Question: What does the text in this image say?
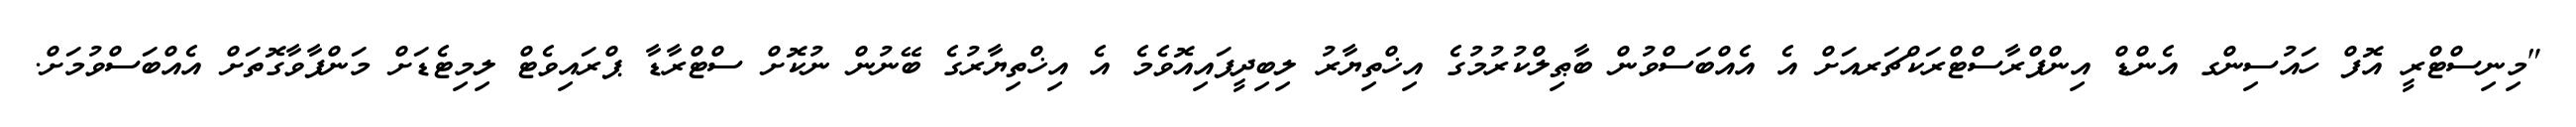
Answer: "މިނިސްޓްރީ އޮފް ހައުސިންގ އެންޑް އިންފްރާސްޓްރަކްޗަރއަށް އެ އެއްބަސްވުން ބާޠިލްކުރުމުގެ އިޚްތިޔާރު ލިބިދީފައިއޮވެމެ އެ އިޚްތިޔާރުގެ ބޭނުން ނުކޮށް ސްޓްރާޑާ ޕްރައިވެޓް ލިމިޓެޑަށް މަންފާވާގޮތަށް އެއްބަސްވުމަށް.